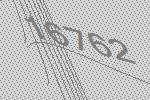
16762